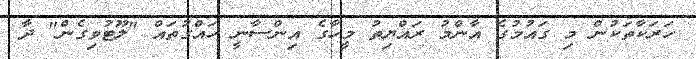
ހަރަކާތަކުން މި ގައުމުގެ އާންމު ރައްޔިތު މީހާގެ އިންސާނީ ހައްގުތައް "ލޫޓުވިގެން" ދާ